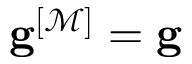
\mathbf { g } ^ { [ \mathcal { M } ] } = \mathbf { g }